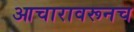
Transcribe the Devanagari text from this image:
आचारावरूनच